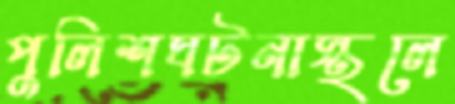
পুলিশঘটনাস্থলে